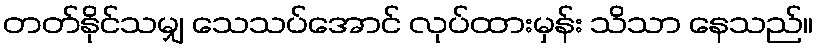
တတ်နိုင်သမျှ သေသပ်အောင် လုပ်ထားမှန်း သိသာ နေသည်။